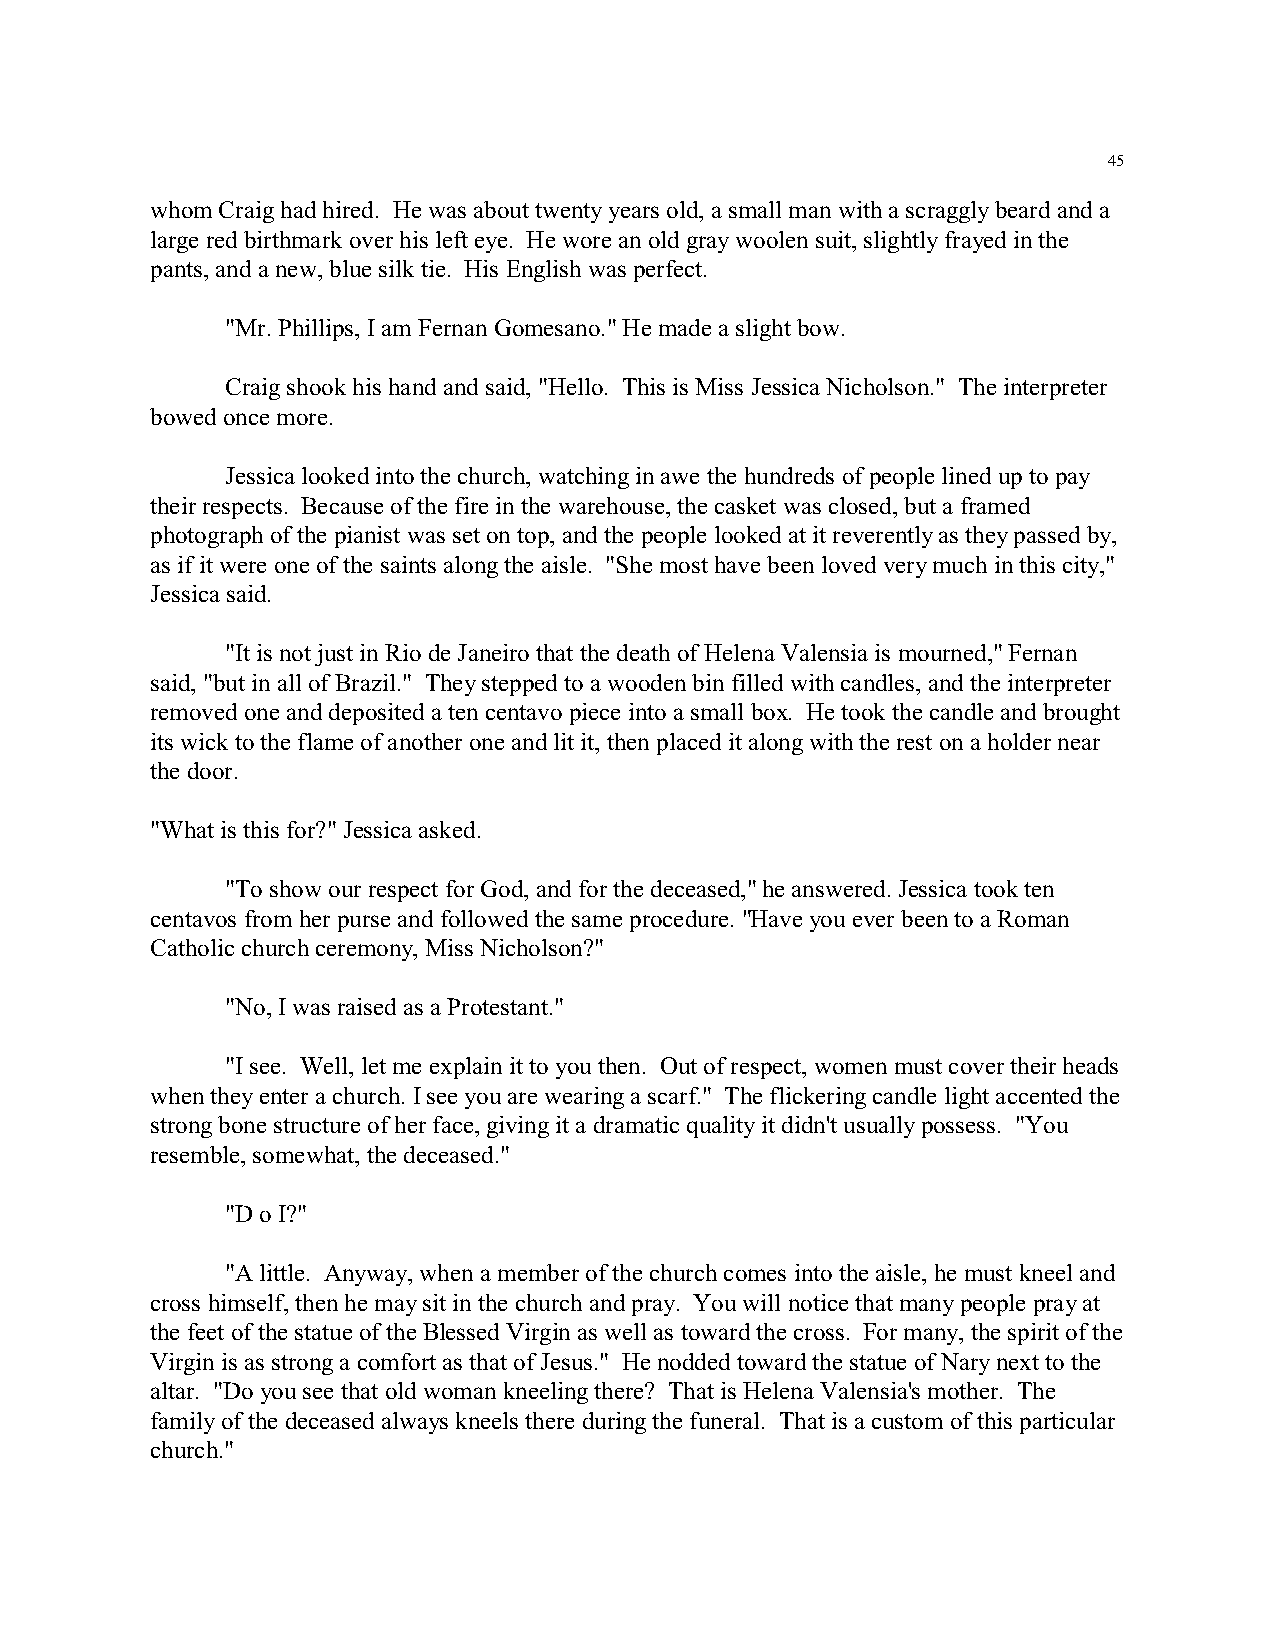
45
 whom Craig had hired. He was about twenty years old, a small man with a scraggly beard and a
 large red birthmark over his left eye. He wore an old gray woolen suit, slightly frayed in the
 pants, and a new, blue silk tie. His English was perfect.
 "Mr. Phillips, I am Fernan Gomesano." He made a slight bow.
 Craig shook his hand and said, "Hello. This is Miss Jessica Nicholson." The interpreter
 bowed once more.
 Jessica looked into the church, watching in awe the hundreds of people lined up to pay
 their respects. Because of the fire in the warehouse, the casket was closed, but a framed
 photograph of the pianist was set on top, and the people looked at it reverently as they passed by,
 as if it were one of the saints along the aisle. "She most have been loved very much in this city,"
 Jessica said.
 "It is not just in Rio de Janeiro that the death of Helena Valensia is mourned," Fernan
 said, "but in all of Brazil." They stepped to a wooden bin filled with candles, and the interpreter
 removed one and deposited a ten centavo piece into a small box. He took the candle and brought
 its wick to the flame of another one and lit it, then placed it along with the rest on a holder near
 the door.
 "What is this for?" Jessica asked.
 "To show our respect for God, and for the deceased," he answered. Jessica took ten
 centavos from her purse and followed the same procedure. "Have you ever been to a Roman
 Catholic church ceremony, Miss Nicholson?"
 "No, I was raised as a Protestant."
 "I see. Well, let me explain it to you then. Out of respect, women must cover their heads
 when they enter a church. I see you are wearing a scarf." The flickering candle light accented the
 strong bone structure of her face, giving it a dramatic quality it didn't usually possess. "You
 resemble, somewhat, the deceased."
 "D o I?"
 "A little. Anyway, when a member of the church comes into the aisle, he must kneel and
 cross himself, then he may sit in the church and pray. You will notice that many people pray at
 the feet of the statue of the Blessed Virgin as well as toward the cross. For many, the spirit of the
 Virgin is as strong a comfort as that of Jesus." He nodded toward the statue of Nary next to the
 altar. "Do you see that old woman kneeling there? That is Helena Valensia's mother. The
 family of the deceased always kneels there during the funeral. That is a custom of this particular
 church."